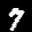
Label: 7